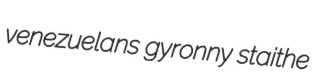
venezuelans gyronny staithe